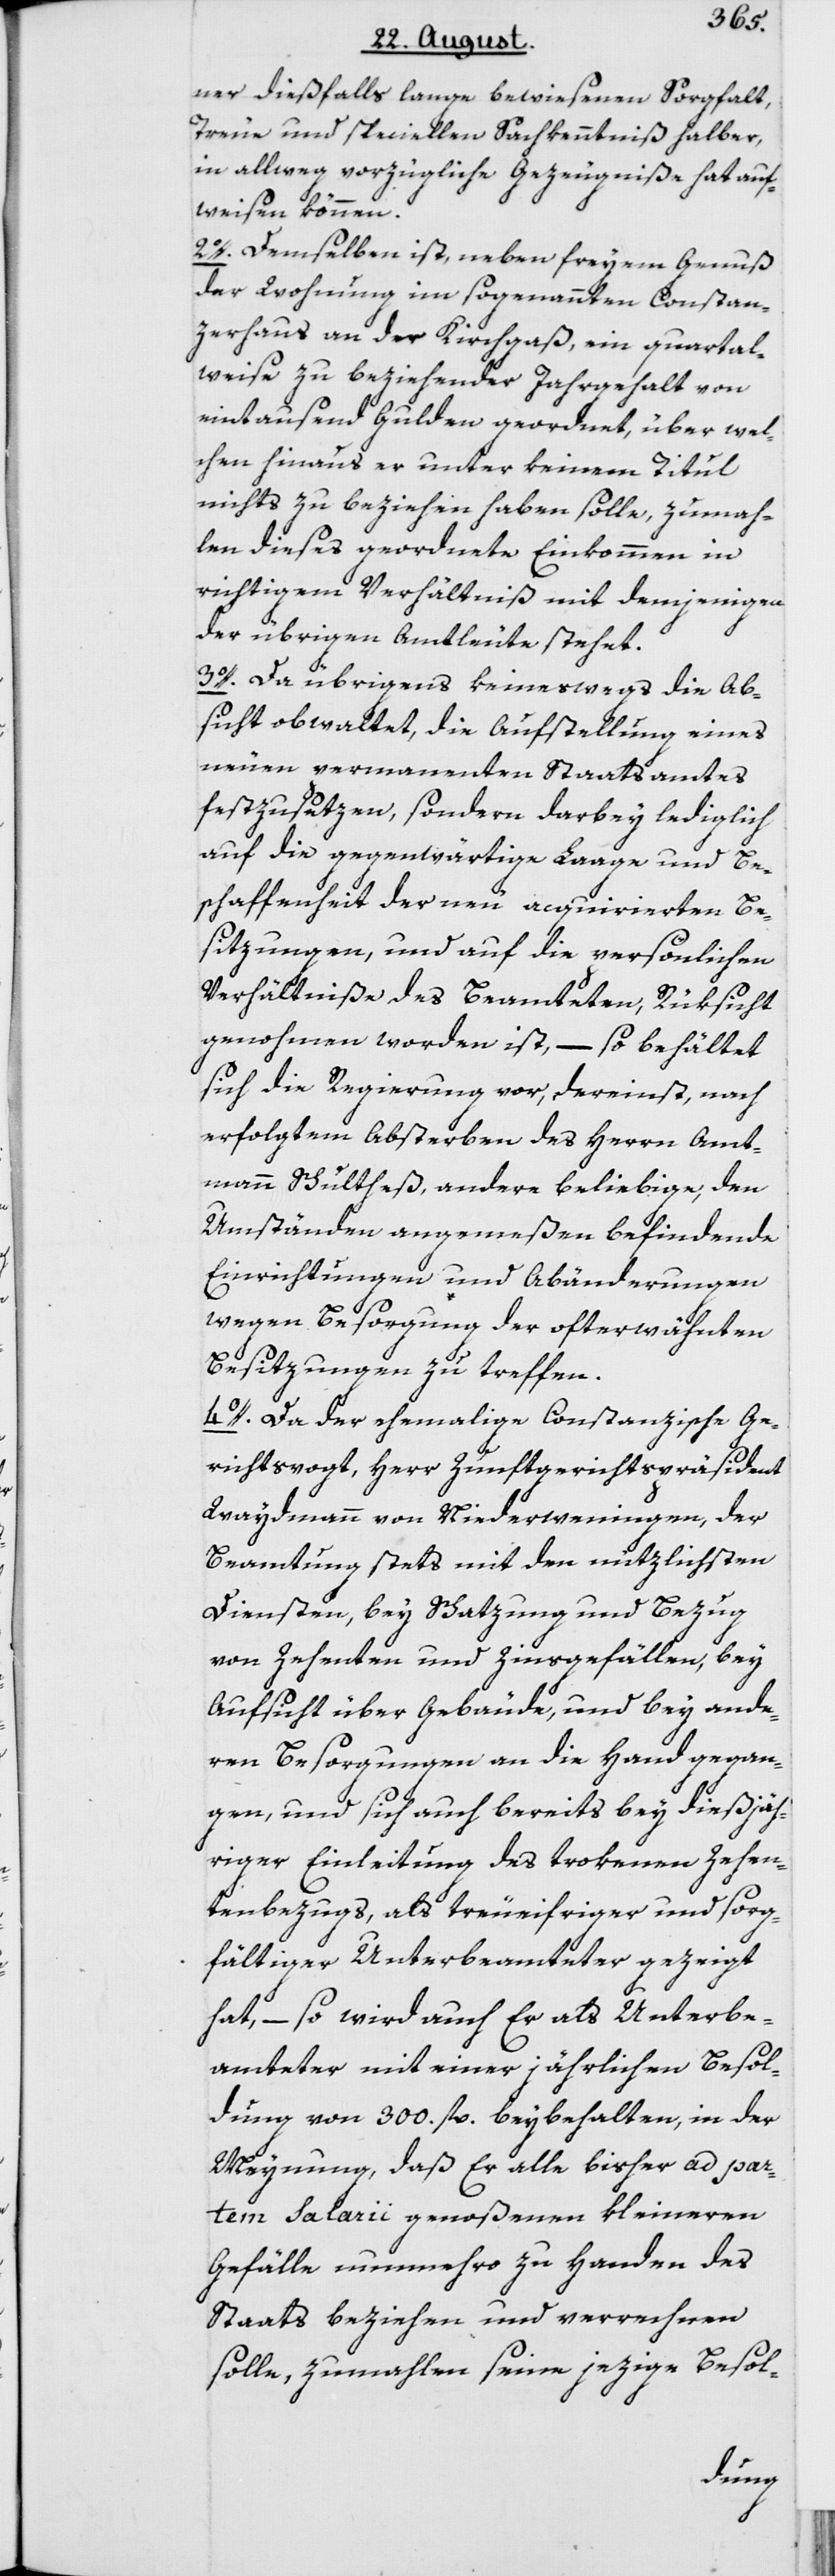
ner dießfalls lange bewiesenen Sorgfalt,
Treue und speciellen Sachkenntniß halber,
in allweg vorzügliche Gezeugniße hat auf¬
weisen können.
2o. Demselben ist, neben freyem Genuß
der Wohnung im sogenannten Constan¬
zerhaus an der Kirchgaß, ein quartal¬
weise zu beziehender Jahrgehalt von
eintausend Gulden geordnet, über wel¬
chen hinaus er unter keinem Titul
nichts zu beziehen haben solle, zumah¬
len dieses geordnete Einkommen in
richtigem Verhältniß mit demjenigen
der übrigen Amtleute stehet.
3o. Da übrigens keineswegs die Ab¬
sicht obwaltet, die Aufstellung eines
neuen permanenten Staatsamtes
festzusetzen, sondern darbey lediglich
auf die gegenwärtige Laage und Be¬
schaffenheit der neu acquirierten Be¬
sitzungen, und auf die perönlichen
Verhältniße des Beamteten, Rüksicht
genohmen worden ist, – so behältet
sich die Regierung vor, dereinst, nach
erfolgtem Absterben des Herrn Amt¬
mann Schultheß, andere beliebige, den
Umständen angemeßen befindende
Einrichtungen und Abänderungen
wegen Besorgung der ofterwähnten
Besitzungen zu treffen.
4o. Da der ehemalige Constanzische Ge¬
richtsvogt, Herr Zunftgerichtspräsident
Waydmann von Niederwenigen, der
Beamtung stets mit den nützlichsten
Diensten, bey Schatzung und Bezug
von Zehenten und Zinsgefällen, bey
Aufsicht über Gebäude, und bey ande¬
ren Besorgungen an die Hand gegan¬
gen, und sich auch bereits bey dießjäh¬
riger Einleitung des trokenen Zehen¬
tenbezugs, als treueifriger und sorg¬
fältiger Unterbeamteter gezeigt
hat, – so wird auch Er als Unterbe¬
amteter mit einer jährlichen Besol¬
dung von 300. fl. beybehalten, in der
Meynung, daß Er alle bisher ad par¬
tem salarii genoßenen kleineren
Gefälle nunmehro zu Handen des
Staats beziehen und verrechnen
solle, zumahlen seine jezige Besol-